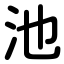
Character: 池